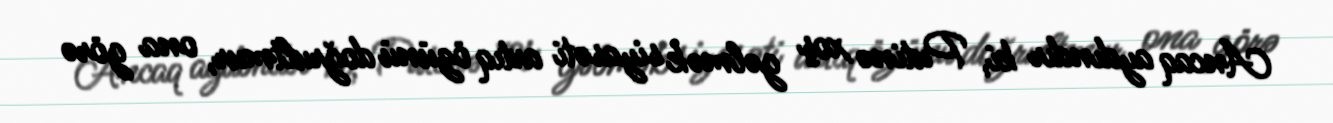
Ancaq aydındır ki, Putinə xoş gəlmək siyasəti artıq özünü doğrultmur, ona görə